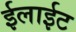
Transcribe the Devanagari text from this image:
ईलाईट